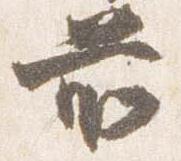
前